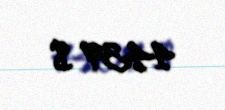
4439 $